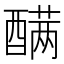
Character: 𰼑